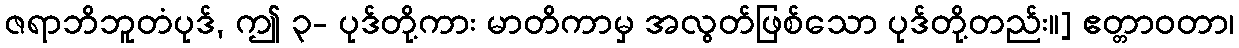
ဇရာဘိဘူတံပုဒ်, ဤ ၃- ပုဒ်တို့ကား မာတိကာမှ အလွတ်ဖြစ်သော ပုဒ်တို့တည်း။] ဧတ္တာဝတာ၊